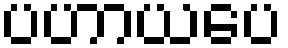
ပဟာယပေ